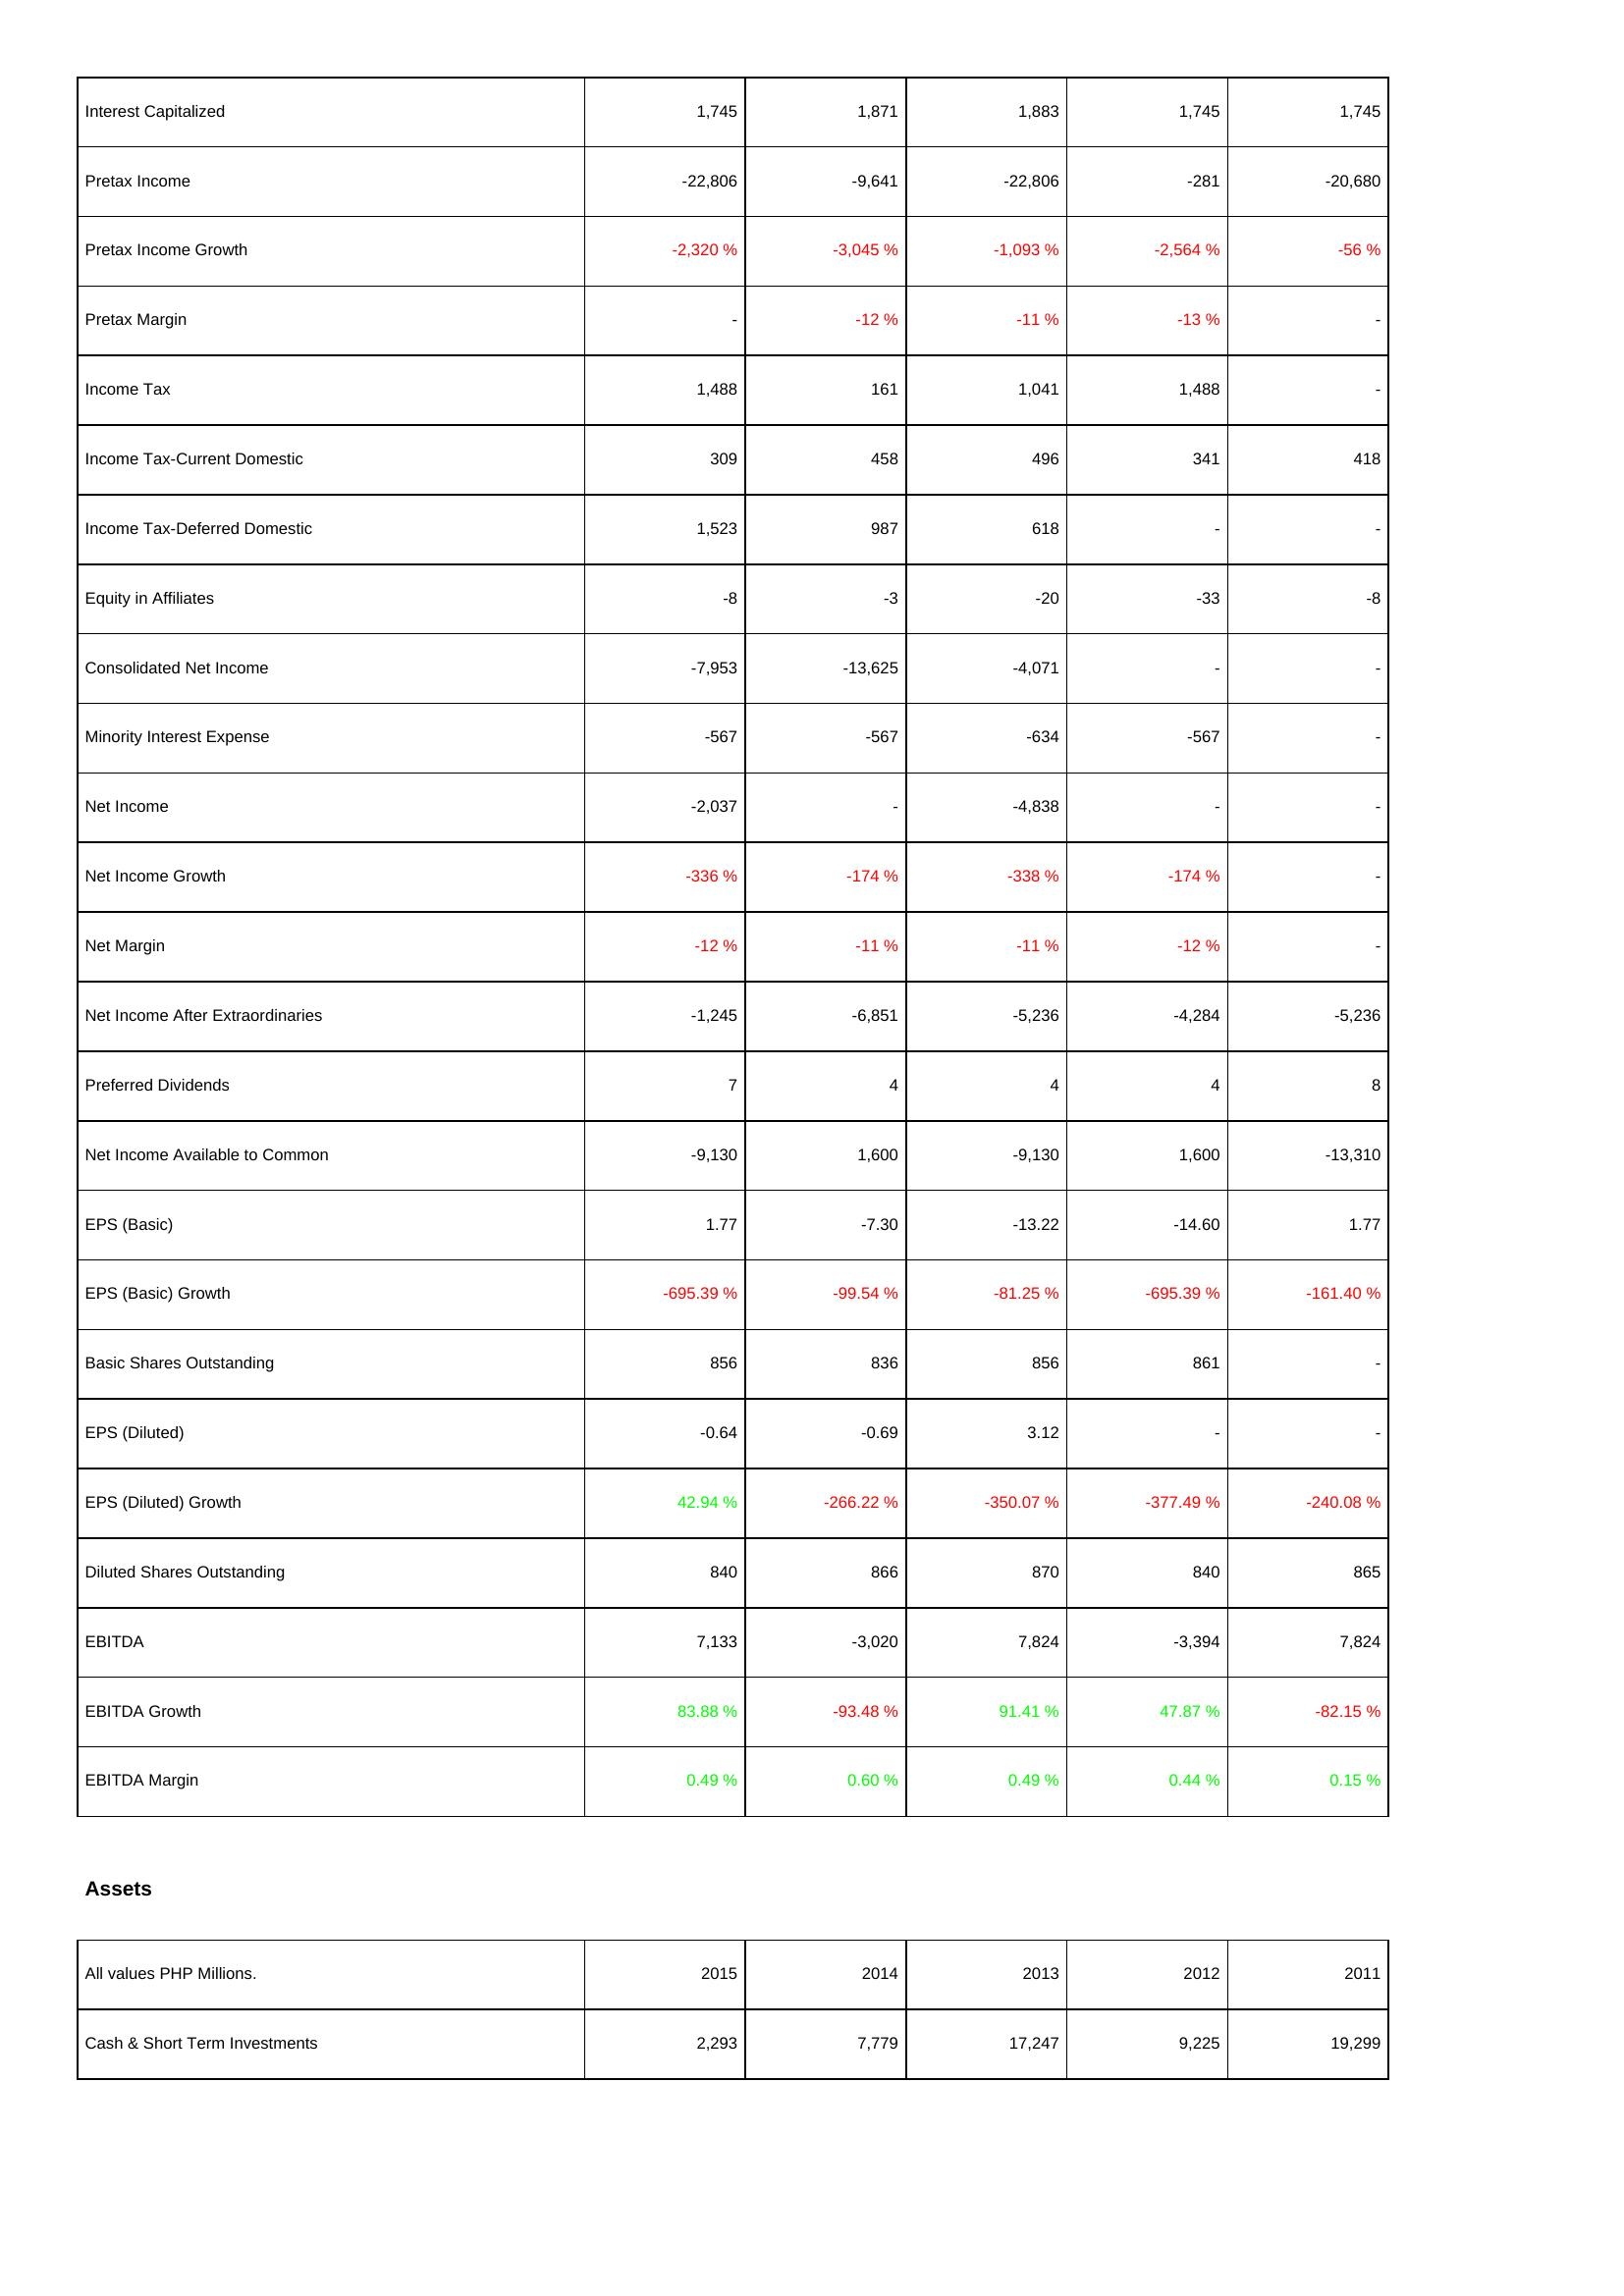
2015: Income Statement: Interest Capitalized: 1,745
Pretax Income: -22,806
Pretax Income Growth: -2,320 %
Pretax Margin: -
Income Tax: 1,488
Income Tax-Current Domestic: 309
Income Tax-Deferred Domestic: 1,523
Equity in Affiliates: -8
Consolidated Net Income: -7,953
Minority Interest Expense: -567
Net Income: -2,037
Net Income Growth: -336 %
Net Margin: -12 %
Net Income After Extraordinaries: -1,245
Preferred Dividends: 7
Net Income Available to Common: -9,130
EPS (Basic): 1.77
EPS (Basic) Growth: -695.39 %
Basic Shares Outstanding: 856
EPS (Diluted): -0.64
EPS (Diluted) Growth: 42.94 %
Diluted Shares Outstanding: 840
EBITDA: 7,133
EBITDA Growth: 83.88 %
EBITDA Margin: 0.49 %
Assets: Cash & Short Term Investments: 2,293
2014: Income Statement: Interest Capitalized: 1,871
Pretax Income: -9,641
Pretax Income Growth: -3,045 %
Pretax Margin: -12 %
Income Tax: 161
Income Tax-Current Domestic: 458
Income Tax-Deferred Domestic: 987
Equity in Affiliates: -3
Consolidated Net Income: -13,625
Minority Interest Expense: -567
Net Income: -
Net Income Growth: -174 %
Net Margin: -11 %
Net Income After Extraordinaries: -6,851
Preferred Dividends: 4
Net Income Available to Common: 1,600
EPS (Basic): -7.30
EPS (Basic) Growth: -99.54 %
Basic Shares Outstanding: 836
EPS (Diluted): -0.69
EPS (Diluted) Growth: -266.22 %
Diluted Shares Outstanding: 866
EBITDA: -3,020
EBITDA Growth: -93.48 %
EBITDA Margin: 0.60 %
Assets: Cash & Short Term Investments: 7,779
2013: Income Statement: Interest Capitalized: 1,883
Pretax Income: -22,806
Pretax Income Growth: -1,093 %
Pretax Margin: -11 %
Income Tax: 1,041
Income Tax-Current Domestic: 496
Income Tax-Deferred Domestic: 618
Equity in Affiliates: -20
Consolidated Net Income: -4,071
Minority Interest Expense: -634
Net Income: -4,838
Net Income Growth: -338 %
Net Margin: -11 %
Net Income After Extraordinaries: -5,236
Preferred Dividends: 4
Net Income Available to Common: -9,130
EPS (Basic): -13.22
EPS (Basic) Growth: -81.25 %
Basic Shares Outstanding: 856
EPS (Diluted): 3.12
EPS (Diluted) Growth: -350.07 %
Diluted Shares Outstanding: 870
EBITDA: 7,824
EBITDA Growth: 91.41 %
EBITDA Margin: 0.49 %
Assets: Cash & Short Term Investments: 17,247
2012: Income Statement: Interest Capitalized: 1,745
Pretax Income: -281
Pretax Income Growth: -2,564 %
Pretax Margin: -13 %
Income Tax: 1,488
Income Tax-Current Domestic: 341
Income Tax-Deferred Domestic: -
Equity in Affiliates: -33
Consolidated Net Income: -
Minority Interest Expense: -567
Net Income: -
Net Income Growth: -174 %
Net Margin: -12 %
Net Income After Extraordinaries: -4,284
Preferred Dividends: 4
Net Income Available to Common: 1,600
EPS (Basic): -14.60
EPS (Basic) Growth: -695.39 %
Basic Shares Outstanding: 861
EPS (Diluted): -
EPS (Diluted) Growth: -377.49 %
Diluted Shares Outstanding: 840
EBITDA: -3,394
EBITDA Growth: 47.87 %
EBITDA Margin: 0.44 %
Assets: Cash & Short Term Investments: 9,225
2011: Income Statement: Interest Capitalized: 1,745
Pretax Income: -20,680
Pretax Income Growth: -56 %
Pretax Margin: -
Income Tax: -
Income Tax-Current Domestic: 418
Income Tax-Deferred Domestic: -
Equity in Affiliates: -8
Consolidated Net Income: -
Minority Interest Expense: -
Net Income: -
Net Income Growth: -
Net Margin: -
Net Income After Extraordinaries: -5,236
Preferred Dividends: 8
Net Income Available to Common: -13,310
EPS (Basic): 1.77
EPS (Basic) Growth: -161.40 %
Basic Shares Outstanding: -
EPS (Diluted): -
EPS (Diluted) Growth: -240.08 %
Diluted Shares Outstanding: 865
EBITDA: 7,824
EBITDA Growth: -82.15 %
EBITDA Margin: 0.15 %
Assets: Cash & Short Term Investments: 19,299